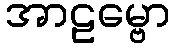
အာဠမ္ဗော